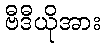
ဗီဒီယိုအား